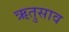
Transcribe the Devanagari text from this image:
ऋतुसाव